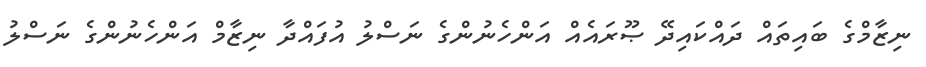
ނިޒާމްގެ ބައިތައް ދައްކައިދޭ ޞޫރައެއް އަންހެނުންގެ ނަސްލު އުފައްދާ ނިޒާމް އަންހެނުންގެ ނަސްލު